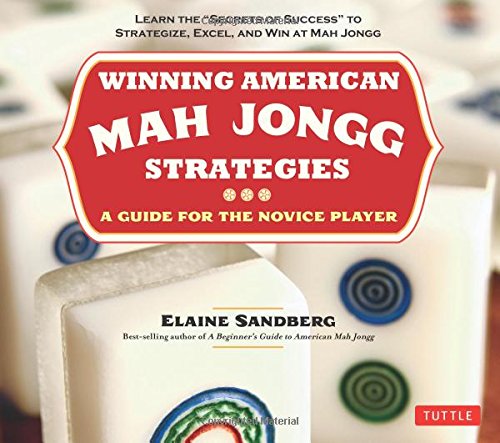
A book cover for Winning American Mah Jongg Strategies: A Guide for the Novice Player; Elaine Sandberg; Humor & Entertainment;